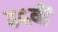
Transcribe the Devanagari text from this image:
४५वीं